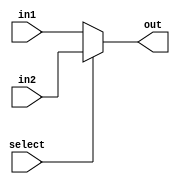
// 2x1 mux using dataflow modeling

module mux_2x1(select, in1, in2, out);
 
  input [3:0] in1;
  input [3:0]in2;
  input select;
  
  output [3:0]out;
  
  // if select=1 assign out to 2nd input
  assign out = select ? in2 : in1;
  
endmodule